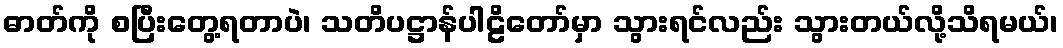
ဓာတ်ကို စပြီးတွေ့ရတာပဲ၊ သတိပဋ္ဌာန်ပါဠိတော်မှာ သွားရင်လည်း သွားတယ်လို့သိရမယ်၊